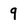
Character: 9